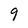
Character: 9